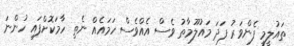
ތައުލީމީ ފެންވަރު ފަދަ މައުލޫމާތު ވެސް އެއްވެސް ހަމައެއް ނެތި ހާމަކޮށްފައި ހުންނަ